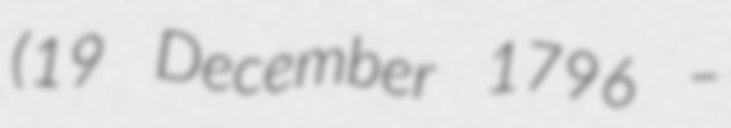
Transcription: (19 December 1796 –